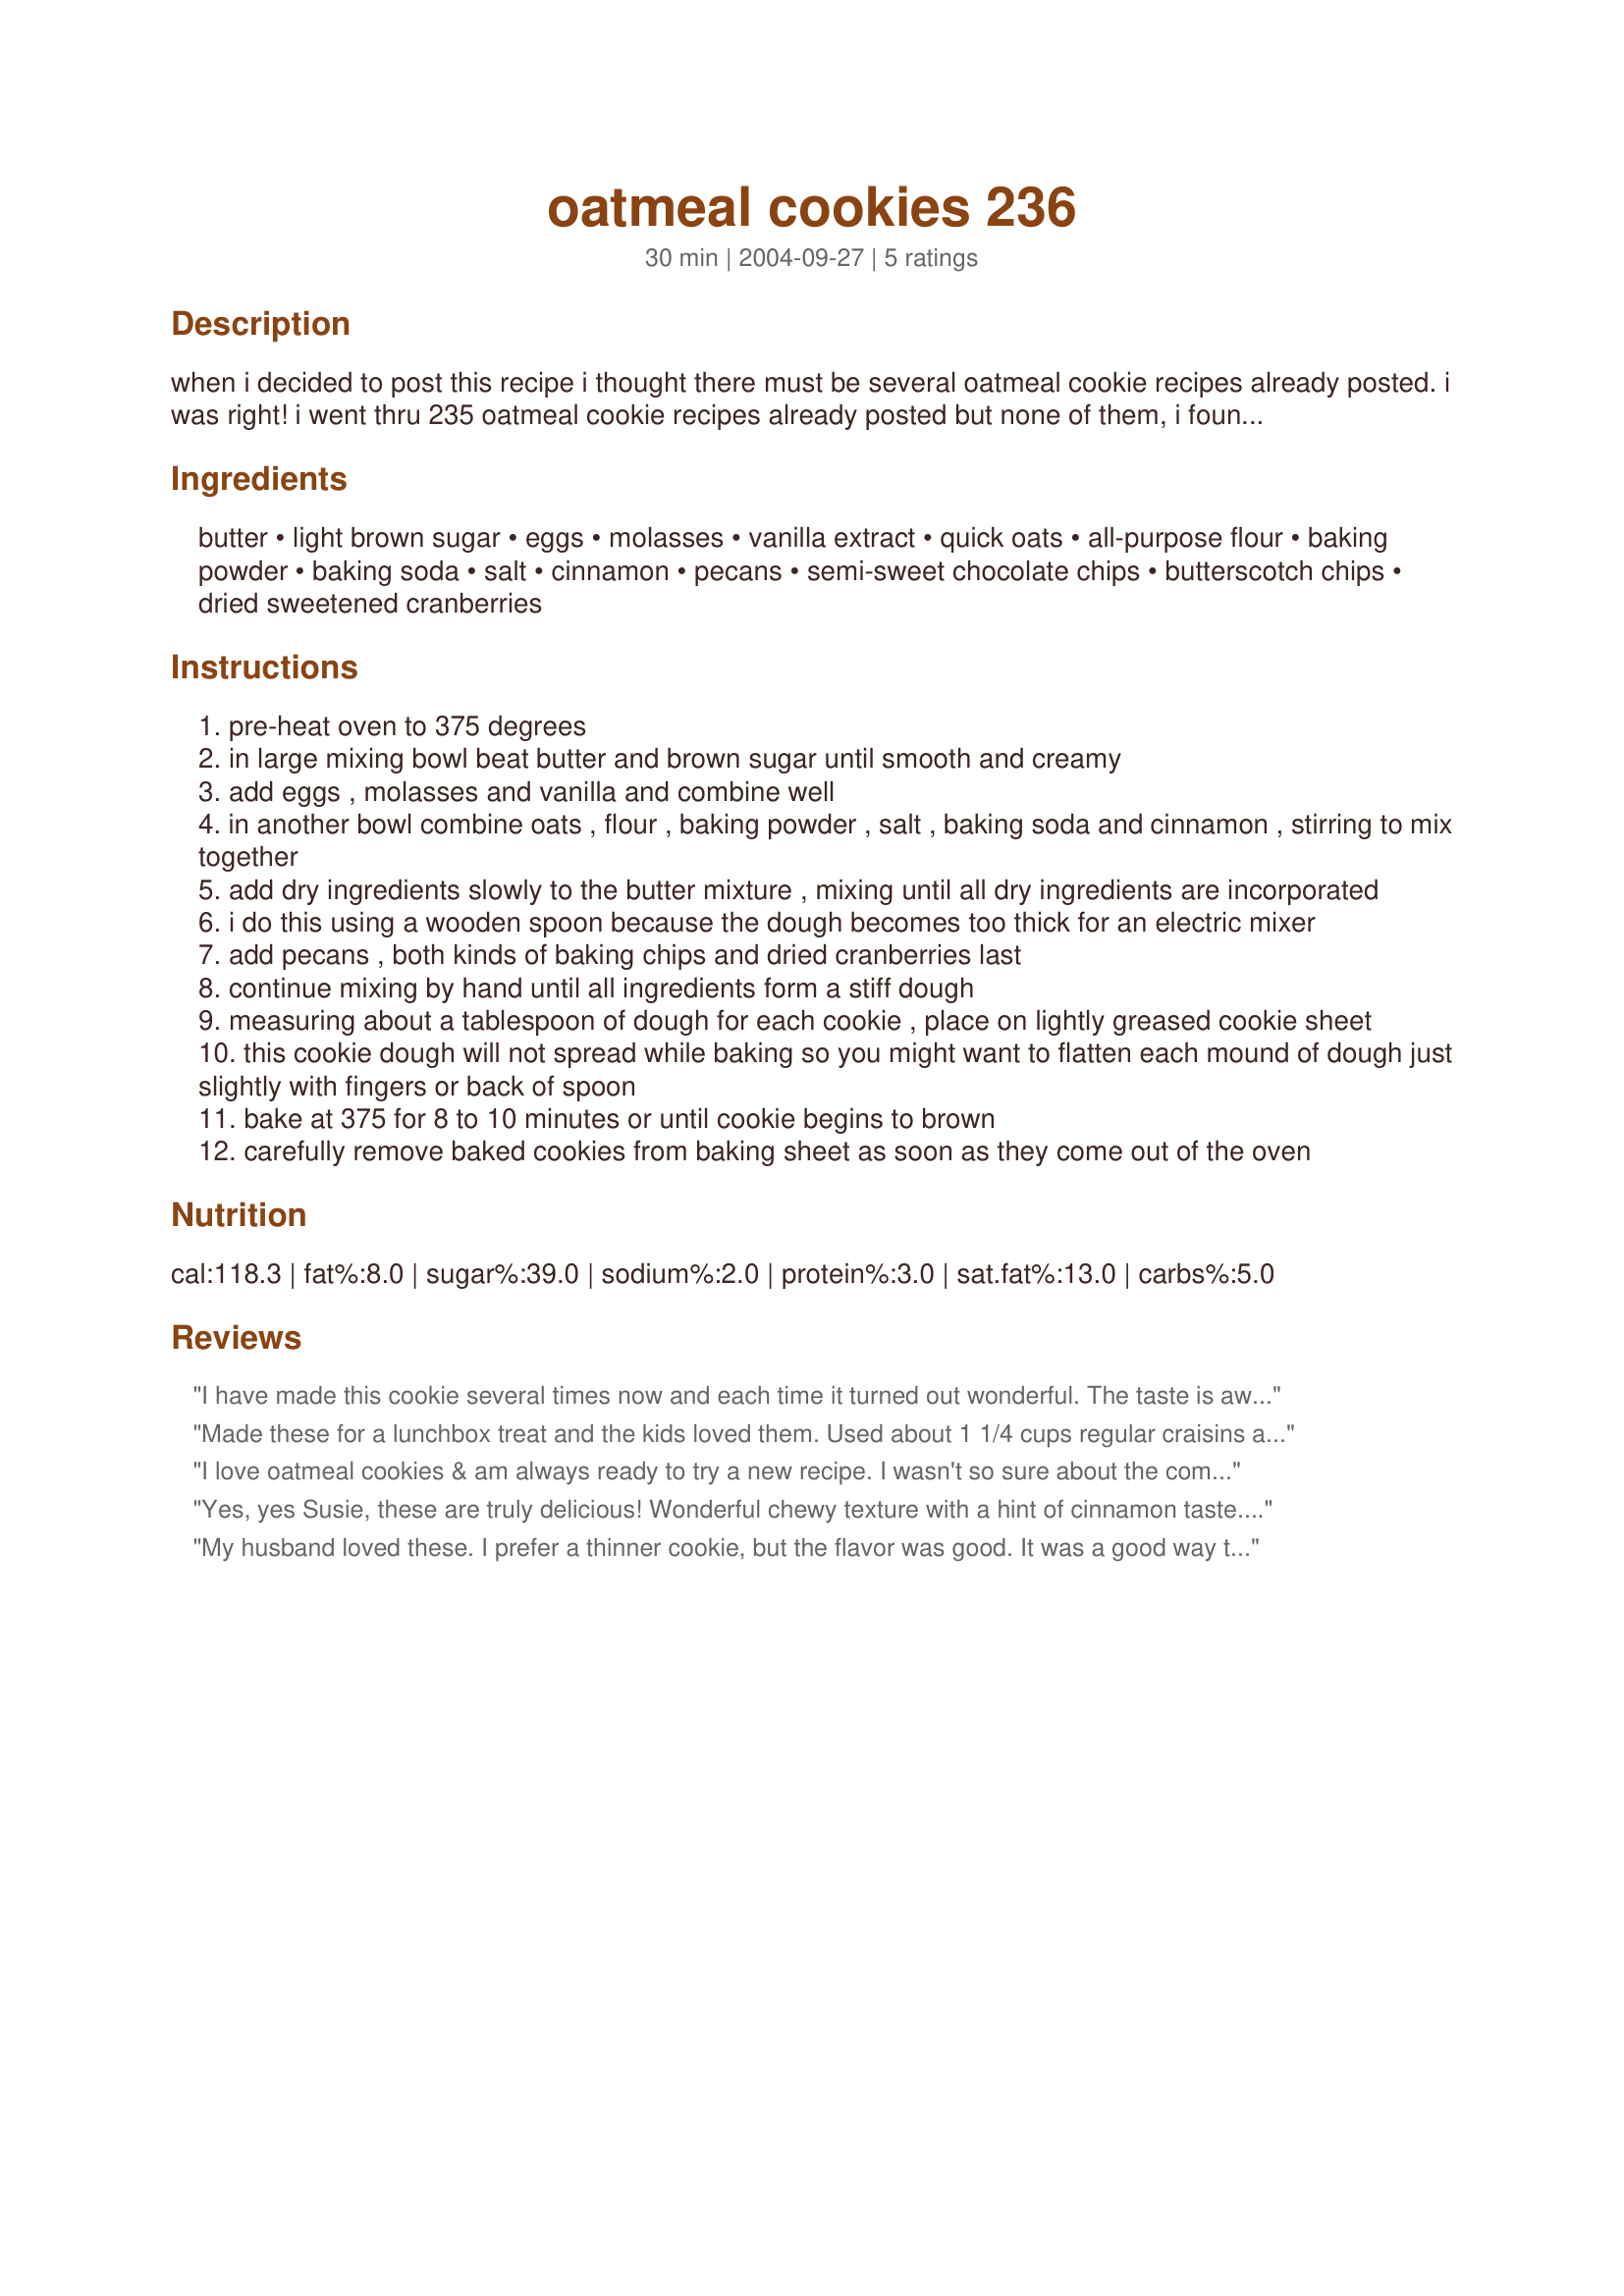
oatmeal cookies 236
Preparation time: 30 minutes

when i decided to post this recipe i thought there must be several oatmeal cookie recipes already posted. i was right! i went thru 235 oatmeal cookie recipes already posted but none of them, i found, have these same ingredients. these are truly delicious, moist and chewy oatmeal cookies. and you can interchange the baking chips. try them with white chocolate chips or peanut butter chips. this recipe makes 6 dozen cookies but bake half and freeze the other half for another day. i lay out film wrap and roll part of the prepared dough into logs and then wrap again in foil. freeze until ready to use and then slice and bake.

Ingredients:
butter, light brown sugar, eggs, molasses, vanilla extract, quick oats, all-purpose flour, baking powder, baking soda, salt, cinnamon, pecans, semi-sweet chocolate chips, butterscotch chips, dried sweetened cranberries

Steps:
pre-heat oven to 375 degrees
in large mixing bowl beat butter and brown sugar until smooth and creamy
add eggs , molasses and vanilla and combine well
in another bowl combine oats , flour , baking powder , salt , baking soda and cinnamon , stirring to mix together
add dry ingredients slowly to the butter mixture , mixing until all dry ingredients are incorporated
i do this using a wooden spoon because the dough becomes too thick for an electric mixer
add pecans , both kinds of baking chips and dried cranberries last
continue mixing by hand until all ingredients form a stiff dough
measuring about a tablespoon of dough for each cookie , place on lightly greased cookie sheet
this cookie dough will not spread while baking so you might want to flatten each mound of dough just slightly with fingers or back of spoon
bake at 375 for 8 to 10 minutes or until cookie begins to brown
carefully remove baked cookies from baking sheet as soon as they come out of the oven

Reviews:
I have made this cookie several times now and each time it turned out wonderful. The taste is awesome. I did not use cranberries but used cranrasins instead. I loved the texture. Really this was a good tasting and good looking cookie. I sole them at a bakegood sale for $2. each and sole out.
Made these for a lunchbox treat and the kids loved them. Used about 1 1/4 cups regular craisins and omitted the nuts cause one son won't eat them. Very yummy! Thanks for sharing the recipe!
I love oatmeal cookies & am always ready to try a new recipe. I wasn't so sure about the combination of add ins in this recipe - butterscotch & craisins?? But they turned out great. DD & I just polished off a whole bunch of them warm from the oven. Thanks, Susie!
Yes, yes Susie, these are truly delicious! Wonderful chewy texture with a hint of cinnamon taste. I did however omit the dried cranberries and the butterscotch baking chips, and just used mini chocolate chips. This recipe makes a lot of cookies, so I took your advise and froze half of the dough. These are fantastic oatmeal cookies, I am always on the lookout for good cookie recipes, and this one happens to be on top of my list. Thanks for sharing Susie, I will be making this again!...Kitten:)
My husband loved these. I prefer a thinner cookie, but the flavor was good. It was a good way to use up leftover bags of chips. I used a mixture of butterscotch, white chips and semi-sweet. I used my 4 1/2 qt. Kitchenaid to mix them and had a hard time at the end because there was so much dough. Finished stirring by hand - took muscle!
